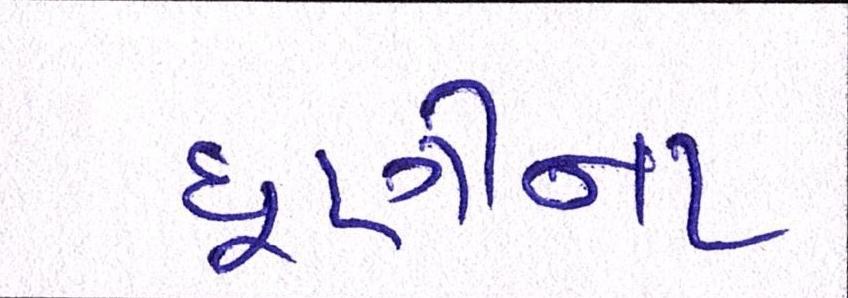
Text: ધૂણીના